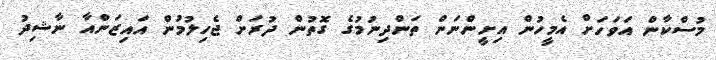
މުސްކާން އަވަހަށް އެމީހުން އިށީންނަން ތަންދިނުމުގެ ގޮތުން ދުރަށް ޖެހިލުމުން އައިޒަންއާ ނާޝިދު